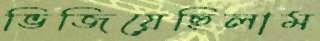
ভিজিয়েছিলাম